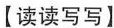
【读读写写】